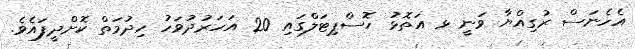
އެހެނަސް ރުގިއްޔާ ވަނީ ޅ އަތޮޅު ހޮސްޕިޓަލްގައި 20 އަހަރުދުވަހު ހިދުމަތް ކޮށްދީފައެވެ.